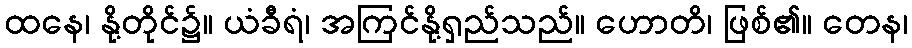
ထနေ၊ နို့တိုင်၌။ ယံခီရံ၊ အကြင်နို့ရှည်သည်။ ဟောတိ၊ ဖြစ်၏။ တေန၊